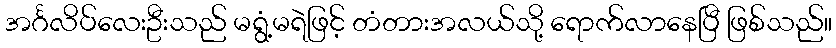
အင်္ဂလိပ်လေးဦးသည် မရွံ့မရဲဖြင့် တံတားအလယ်သို့ ရောက်လာနေပြီ ဖြစ်သည်။